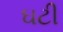
ઘટી